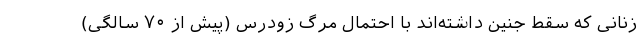
زنانی که سقط جنین داشته‌اند با احتمال مرگ زودرس (پیش از ۷۰ سالگی)